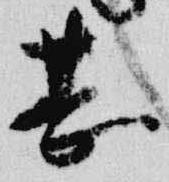
甚